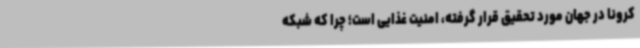
کرونا در جهان مورد تحقیق قرار گرفته، امنیت غذایی است؛ چرا که شبکه